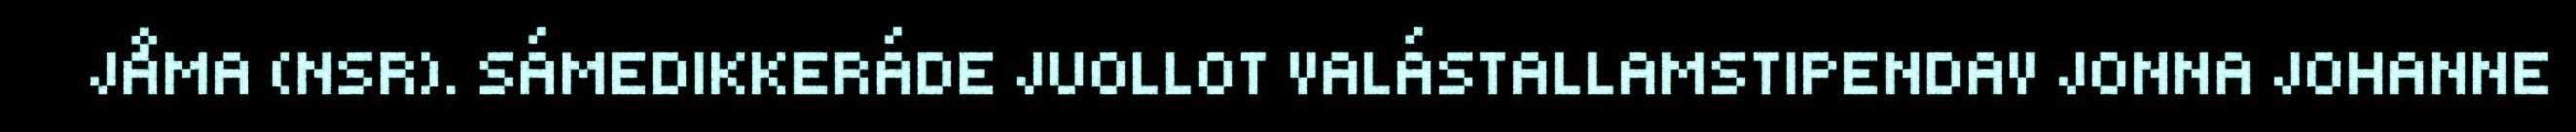
JÅMA (NSR). SÁMEDIKKERÁDE JUOLLOT VALÁSTALLAMSTIPENDAV JONNA JOHANNE